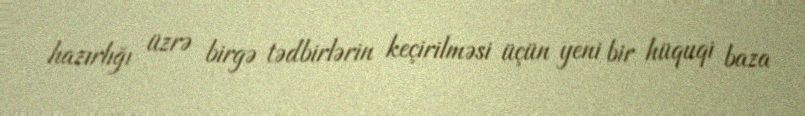
hazırlığı üzrə birgə tədbirlərin keçirilməsi üçün yeni bir hüquqi baza